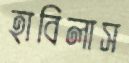
হাবিলাস